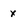
Character: x